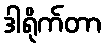
ဒါရိုက်တာ